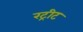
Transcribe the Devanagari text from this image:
रट्रीट